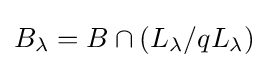
B_{\lambda }=B\cap (L_{\lambda }/qL_{\lambda })